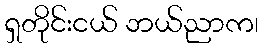
ရှတိုင်းငယ် ဘယ်ညာက၊